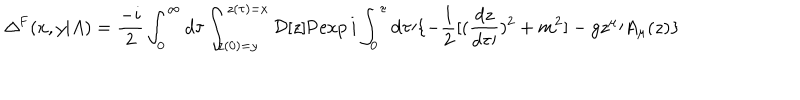
\Delta ^ { \mathrm { F } } ( x , y \vert A ) = { \frac { - i } { 2 } } \int _ { 0 } ^ { \infty } d \tau \int _ { z ( 0 ) = y } ^ { z ( \tau ) = x } { \cal D } [ z ] \mathrm { P } \mathrm { e x p } \, i \int _ { 0 } ^ { \tau } \mathrm { d } \tau \prime \{ - { \frac { 1 } { 2 } } [ ( { \frac { d z } { d \tau \prime } } ) ^ { 2 } + m ^ { 2 } ] - g z ^ { \mu } \prime A _ { \mu } ( z ) \}